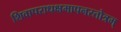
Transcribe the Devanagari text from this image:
शिवापराधक्षमापनस्तोत्रम्